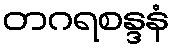
တဂရစန္ဒနံ